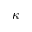
\kappa